38_143685_box_Incident_Summaries_101-172
Agency: Department of War
Page 76
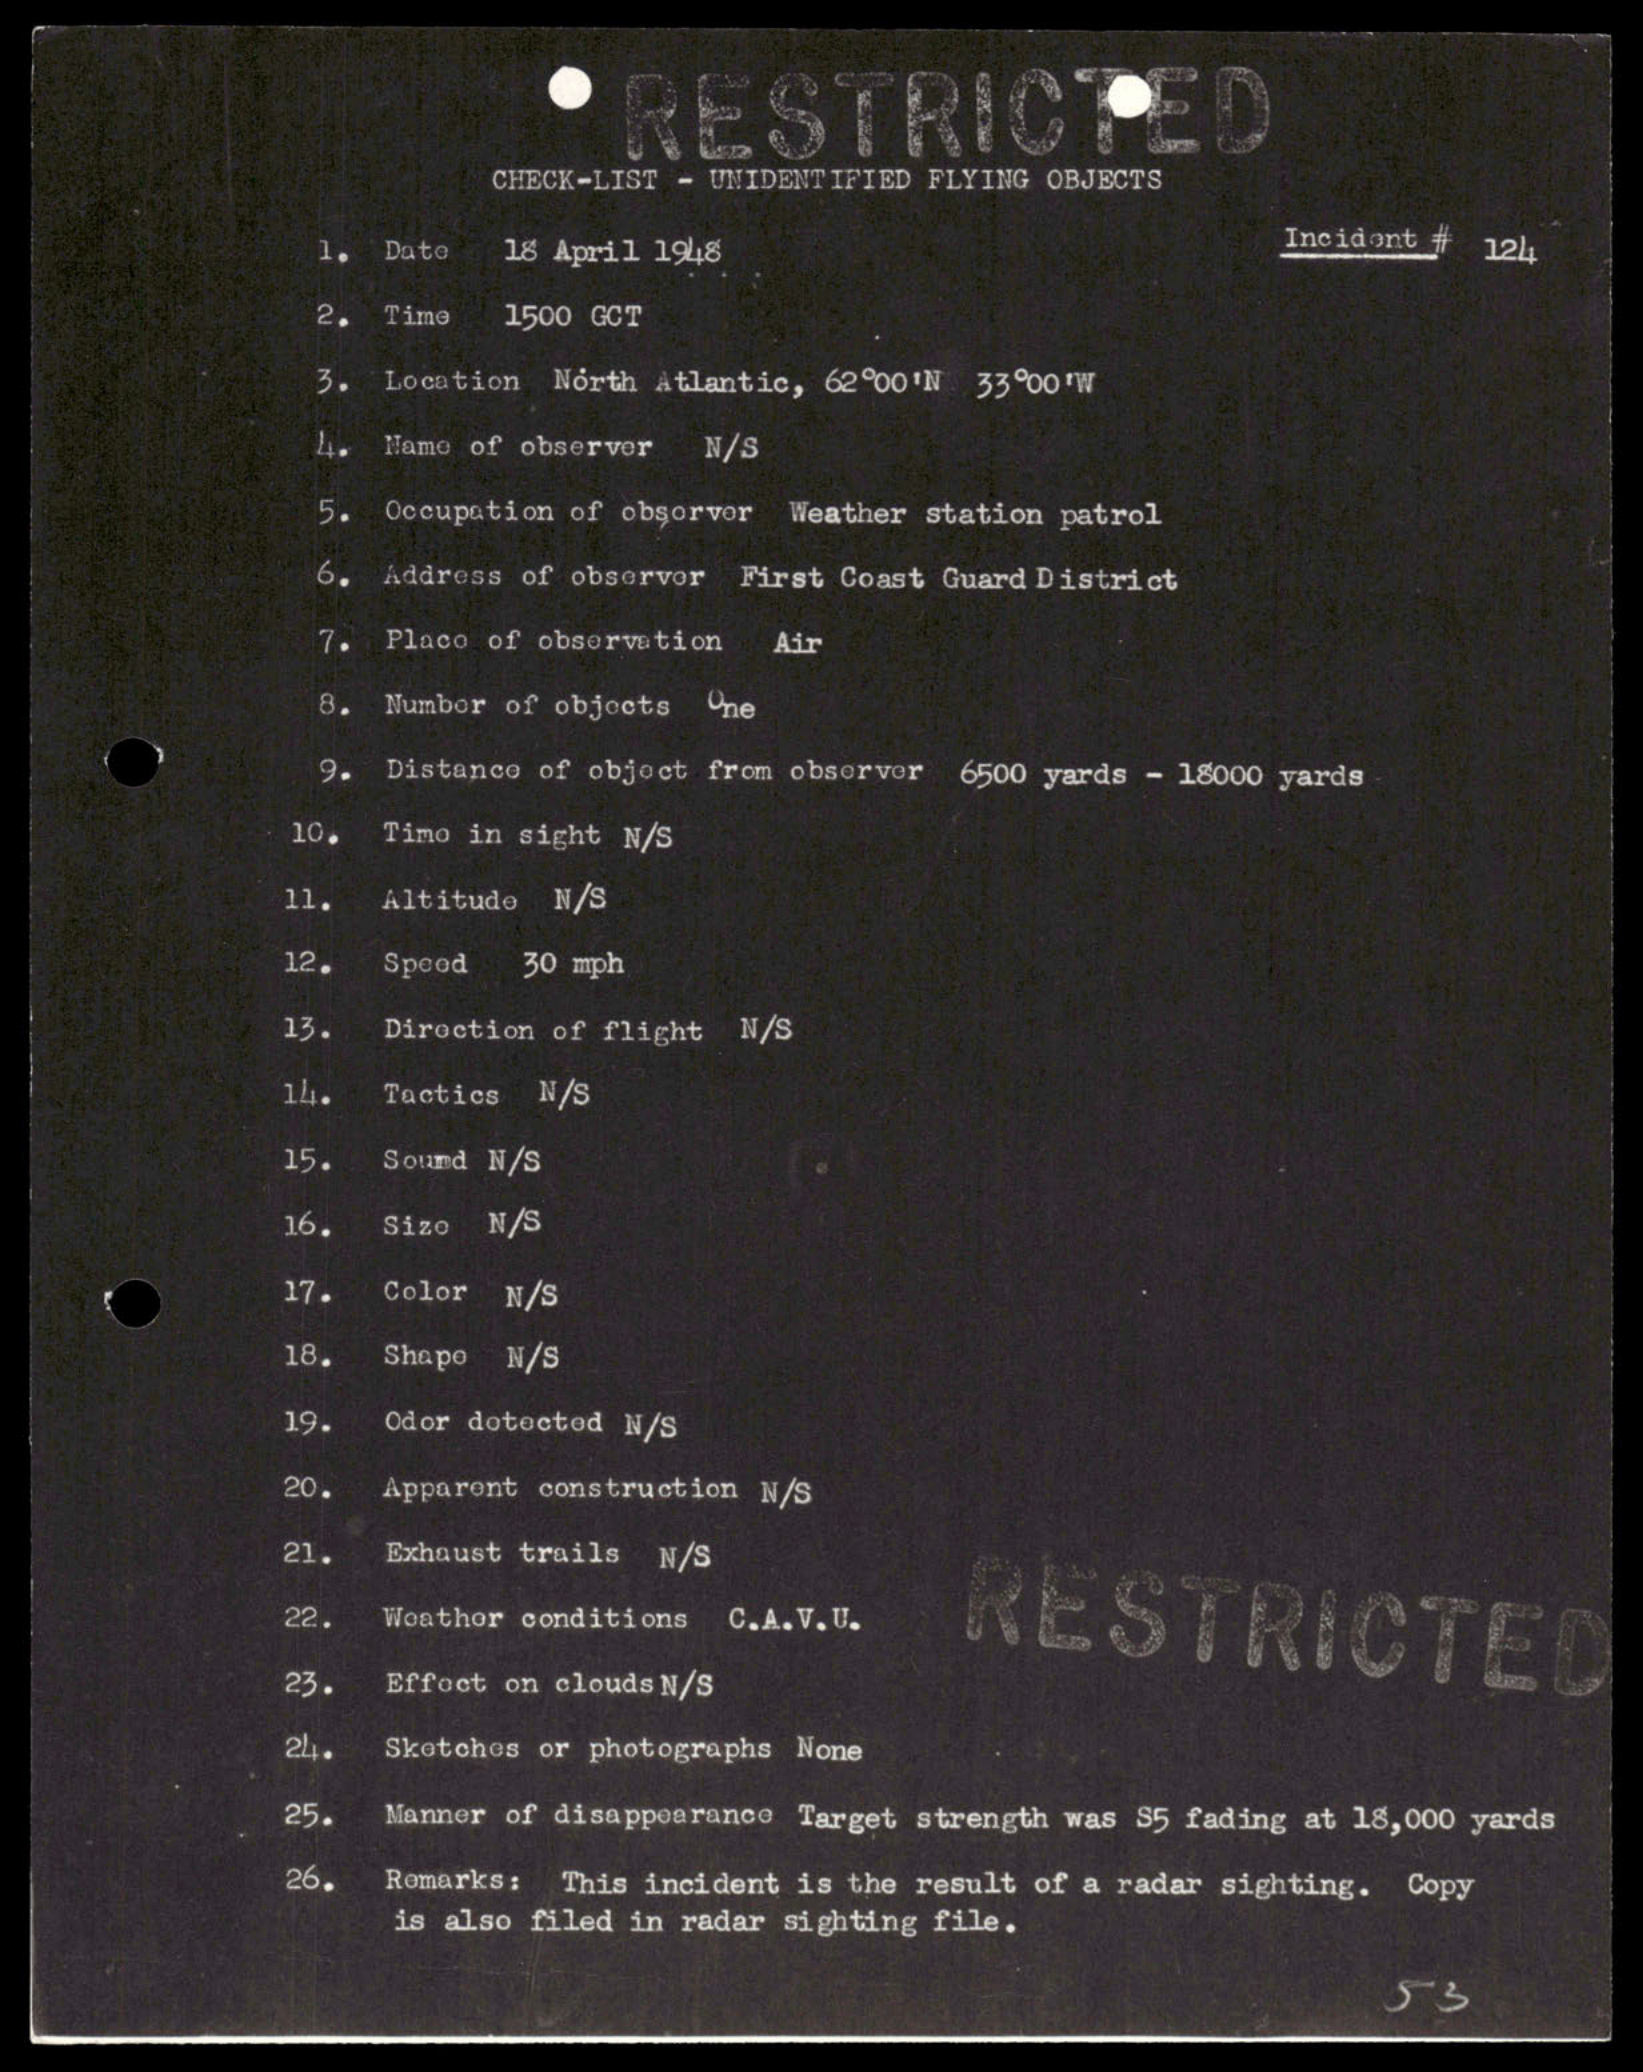